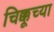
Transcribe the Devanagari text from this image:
चिक्कूच्या